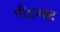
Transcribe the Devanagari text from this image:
पीड़ावाद